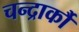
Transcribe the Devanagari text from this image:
चन्द्रार्कौ